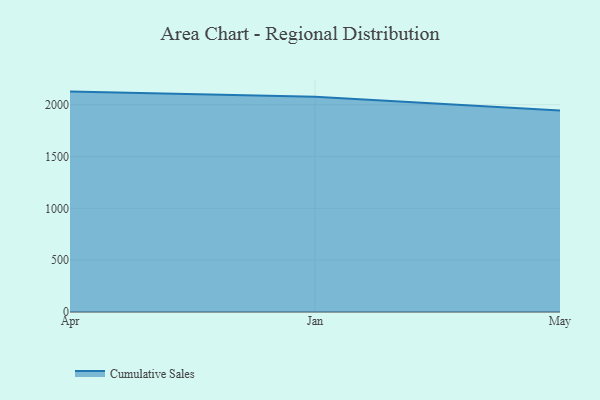
{"axis": {"x": "Month", "y": "LTV (USD)"}, "legend": ["Cumulative Sales"], "data": [{"x": "Apr", "y": 2126.3, "type": "Cumulative Sales"}, {"x": "Jan", "y": 2077.7, "type": "Cumulative Sales"}, {"x": "May", "y": 1943.6, "type": "Cumulative Sales"}]}